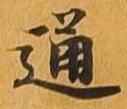
通